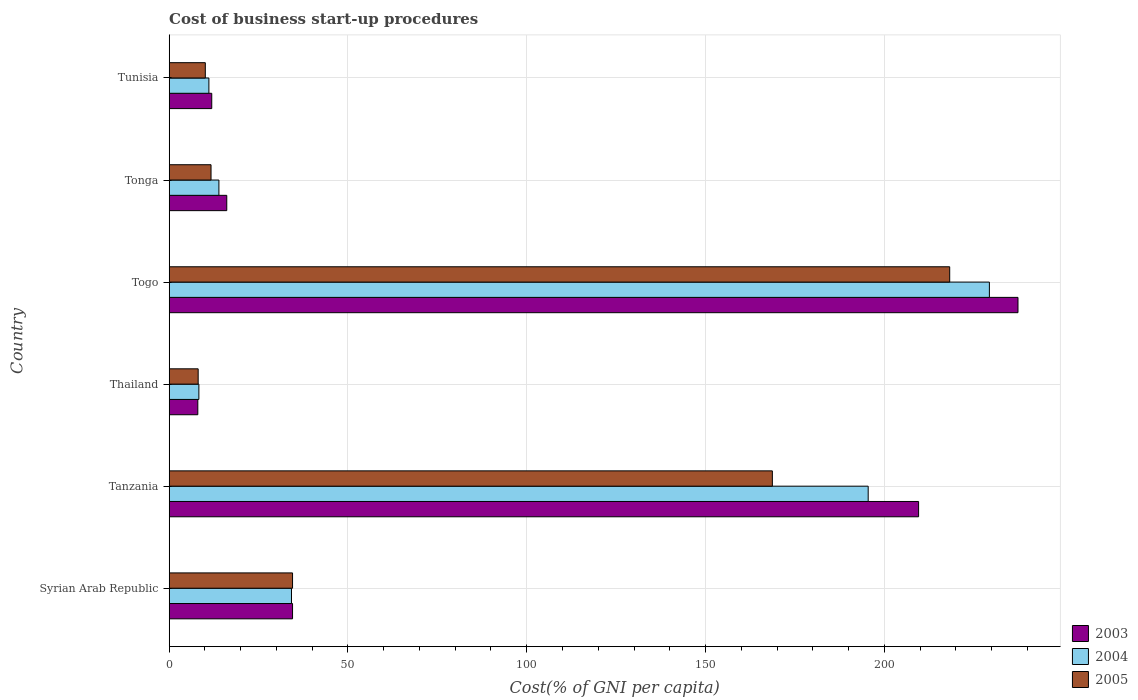
| Country | 2003 | 2004 | 2005 |
 | --- | --- | --- | --- |
 | Syrian Arab Republic | 34.5 | 34.2 | 34.5 |
 | Tanzania | 210 | 196 | 169 |
 | Thailand | 8 | 8.3 | 8.1 |
 | Togo | 237 | 229 | 218 |
 | Tonga | 16.1 | 13.9 | 11.7 |
 | Tunisia | 11.9 | 11.1 | 10.1 |